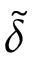
\tilde { \delta }